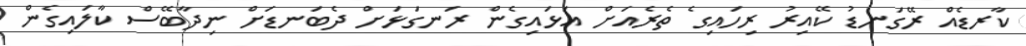
ކާރޑެއް ރޭގަނޑު ކޭއިރު ރިހައިގެ ތެރެއަށް އަޅައިގެން ރަނގަޅަށް ދެބަނޑަށް ނިދާބޭސް ކާލައިގެން